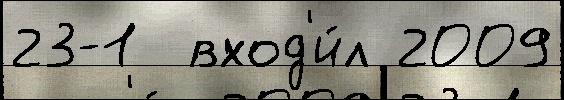
23-1  вход'и́л 2009